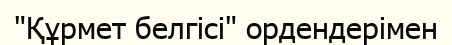
"Құрмет белгісі" ордендерімен